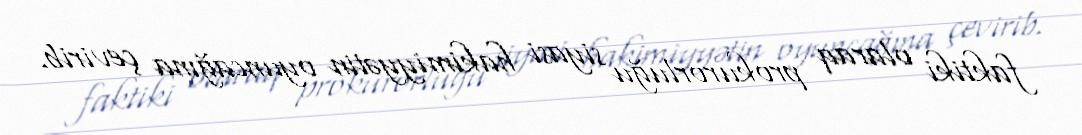
faktiki olaraq prokurorluğu siyasi hakimiyyətin oyuncağına çevirib.